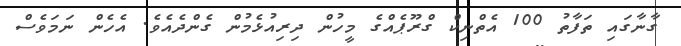
ގާނާގައި ތަފާތު 100 އެތްނިކް ގްރޫޕެއްގެ މީހުން ދިރިއުޅެމުން ގެންދެއެވެ. އެހެން ނަމަވެސް